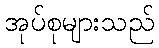
အုပ်စုများသည်